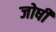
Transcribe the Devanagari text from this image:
जोषी